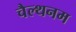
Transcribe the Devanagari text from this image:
चैल्थनम